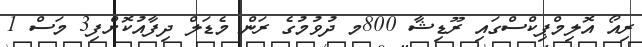
ރިއޯ އޮލިމްޕިކްސްގައި ރޫޑިޝާ 800މ ދުވުމުގެ ރަން މެޑަލް ދިފާއުކޮށްފި3 މަސް 1